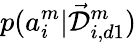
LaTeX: p(a_{i}^{m}|\mathcal{\vec{D}}_{i,d1}^{m})